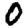
Digit: 0